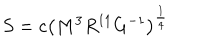
LaTeX: S = c \left( M ^ { 3 } R ^ { 1 1 } G ^ { - 1 } \right) ^ { \frac { 1 } { 4 } }